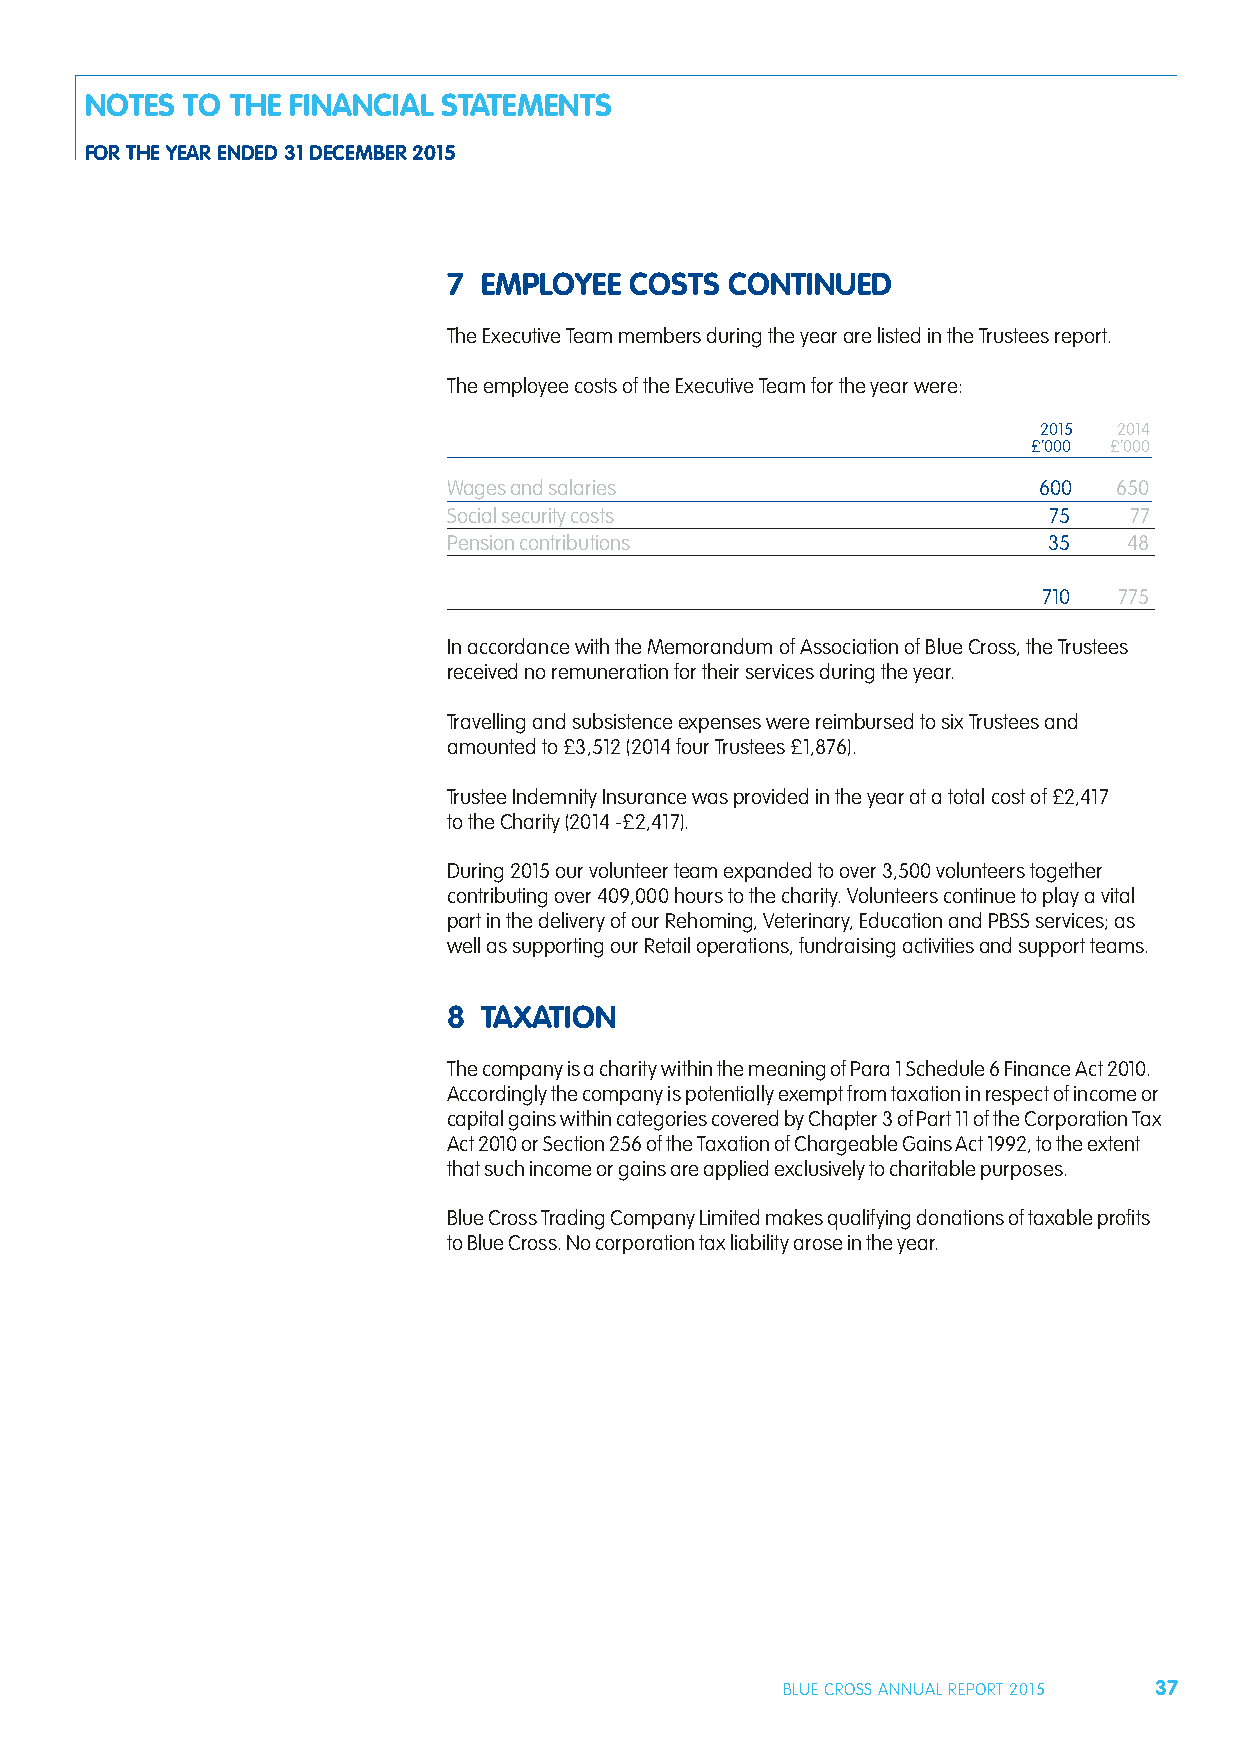
NOTES TO THE FINANCIAL STATEMENTS
 FOR THE YEAR ENDED 31 DECEMBER 2015
 7 EMPLOYEE  COSTS CONTINUED
 The Executive Team members during the year are listed in the Trustees report.
 The employee costs of the Executive Team for the year were:
 2015 2014
 £’000 £’000
 Wages and salaries                     600  650
 Social security costs                  75    77
 Pension contributions                  35    48
 710  775
 In accordance with the Memorandum of Association of Blue Cross, the Trustees
 received no remuneration for their services during the year.
 Travelling and subsistence expenses were reimbursed to six Trustees and
 amounted to £3,512 (2014 four Trustees £1,876).
 Trustee Indemnity Insurance was provided in the year at a total cost of £2,417
 to the Charity (2014 -£2,417).
 During 2015 our volunteer team expanded to over 3,500 volunteers together
 contributing over 409,000 hours to the charity. Volunteers continue to play a vital
 part in the delivery of our Rehoming, Veterinary, Education and PBSS services; as
 well as supporting our Retail operations, fundraising activities and support teams.
 8 TAXATION
 The company is a charity within the meaning of Para 1 Schedule 6 Finance Act 2010.
 Accordingly the company is potentially exempt from taxation in respect of income or
 capital gains within categories covered by Chapter 3 of Part 11 of the Corporation Tax
 Act 2010 or Section 256 of the Taxation of Chargeable Gains Act 1992, to the extent
 that such income or gains are applied exclusively to charitable purposes.
 Blue Cross Trading Company Limited makes qualifying donations of taxable profits
 to Blue Cross. No corporation tax liability arose in the year.
 BLUE CROSS ANNUAL REPORT 2015 37